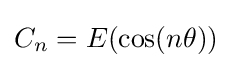
C_{n}=E(\cos(n\theta ))